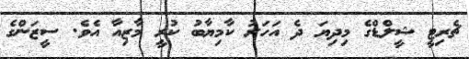
ޗެރިޓީ ޝީލްޑްގެ މިދިޔަ ދެ އަހަރު ކާމިޔާބު ކުރީ މާޒިއާ އެވެ. ސީޒަންގެ